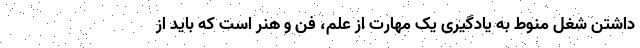
داشتن شغل منوط به یادگیری یک مهارت از علم، فن و هنر است که باید از